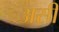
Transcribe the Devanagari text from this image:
असीं